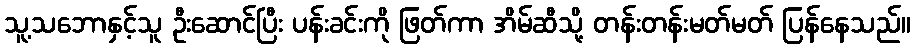
သူ့သဘောနှင့်သူ ဦးဆောင်ပြီး ပန်းခင်းကို ဖြတ်ကာ အိမ်ဆီသို့ တန်းတန်းမတ်မတ် ပြန်နေသည်။